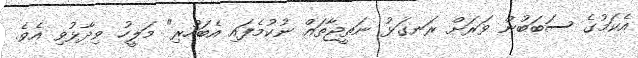
އެކަމުގެ ސަބަބުން ވަރަށް ރަނގަޅު ނަތީޖާތައް ނުކުމެފައި އެބަހުރި" މަލީހު ވިދާޅުވި އެވެ.